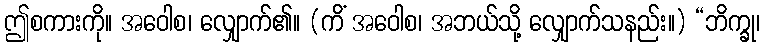
ဤစကားကို။ အဝေါစ၊ လျှောက်၏။ (ကိံ အဝေါစ၊ အဘယ်သို့ လျှောက်သနည်း။) “ဘိက္ခု၊